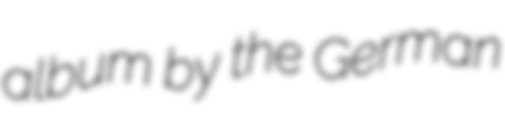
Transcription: album by the German